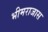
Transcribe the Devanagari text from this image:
भीमराजास